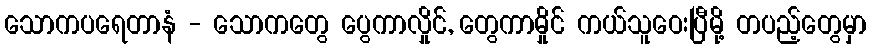
သောကပရေတာနံ - သောကတွေ ပွေကာလှိုင်, တွေကာမှိုင် ကယ်သူဝေးပြီမို့ တပည့်တွေမှာ